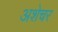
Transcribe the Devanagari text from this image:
अशेचर